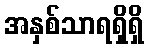
အနှစ်သာရရှိရှိ